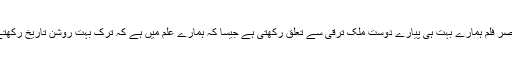
یہ مختصر فلم ہمارے بہت ہی پیارے دوست ملک ترقی سے تعلق رکھتی ہے جیسا کہ ہمارے علم میں ہے کہ ترک بہت روشن تاریخ رکھتے ہیں ۔